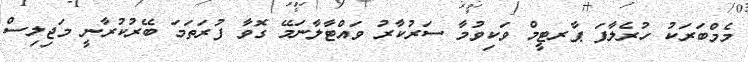
މެމްބަރަކު ހުރެލާފަ ޕާރޓީމް ވަކިވުމާ ސަރުކާރު ވައްޓާލާނަމޭ ގޮވާ ފުރަތަމަ ބޭރުކުރާނީ މަޖިލިސް